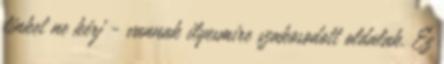
linket ne kérj - vannak ilyesmire szakosodott oldalak. Ez